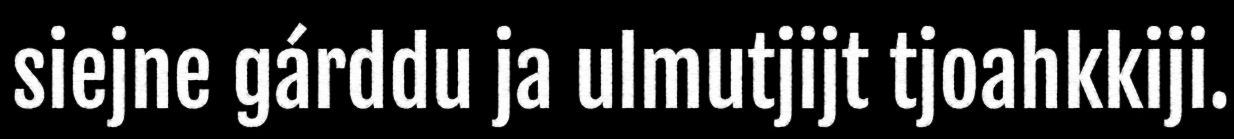
siejne gárddu ja ulmutjijt tjoahkkiji.